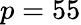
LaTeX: p=55